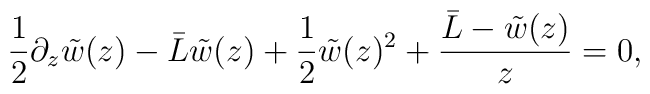
{1\over 2}\partial_z \tilde w(z)-{\bar L} \tilde w(z)+ {1\over 2}\tilde w(z)^2+{ {{\bar L}-\tilde w(z)}\over {z}} = 0,